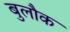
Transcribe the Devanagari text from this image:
बुलौक